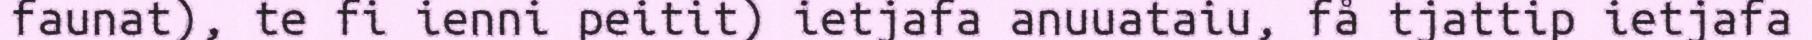
faunat), te fi ienni peitit) ietjafa anuuataiu, få tjattip ietjafa